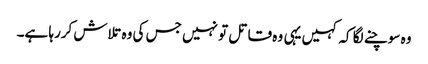
وہ سوچنے لگا کہ کہیں یہی وہ قاتل تو نہیں جس کی وہ تلاش کررہا ہے۔